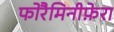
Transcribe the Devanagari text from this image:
फोरैमिनीफ़ेरा